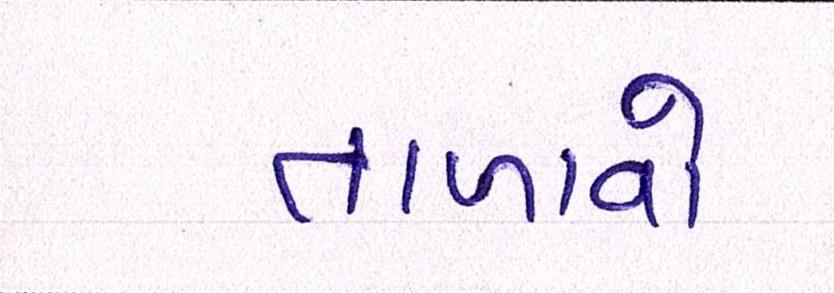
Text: તાળાવો